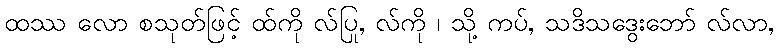
ထဿ လော စသုတ်ဖြင့် ထ်ကို လ်ပြု, လ်ကို ၊ သို့ ကပ်, သဒိသဒွေးဘော် လ်လာ,